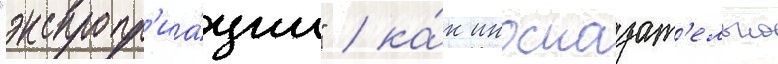
"экспропр'иа́ции" / ка́к иносказат'ельно